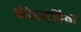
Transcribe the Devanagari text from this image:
घेरंडसंहिता